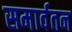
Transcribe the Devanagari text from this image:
समार्वतन